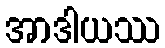
အာဒါယဿ